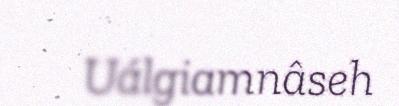
Uálgiamnâseh